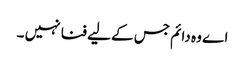
اے وہ دائم جس کے لیے فنا نہیں ۔